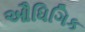
ઔધિગિક